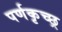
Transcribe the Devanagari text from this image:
पर्णकृच्छ्र